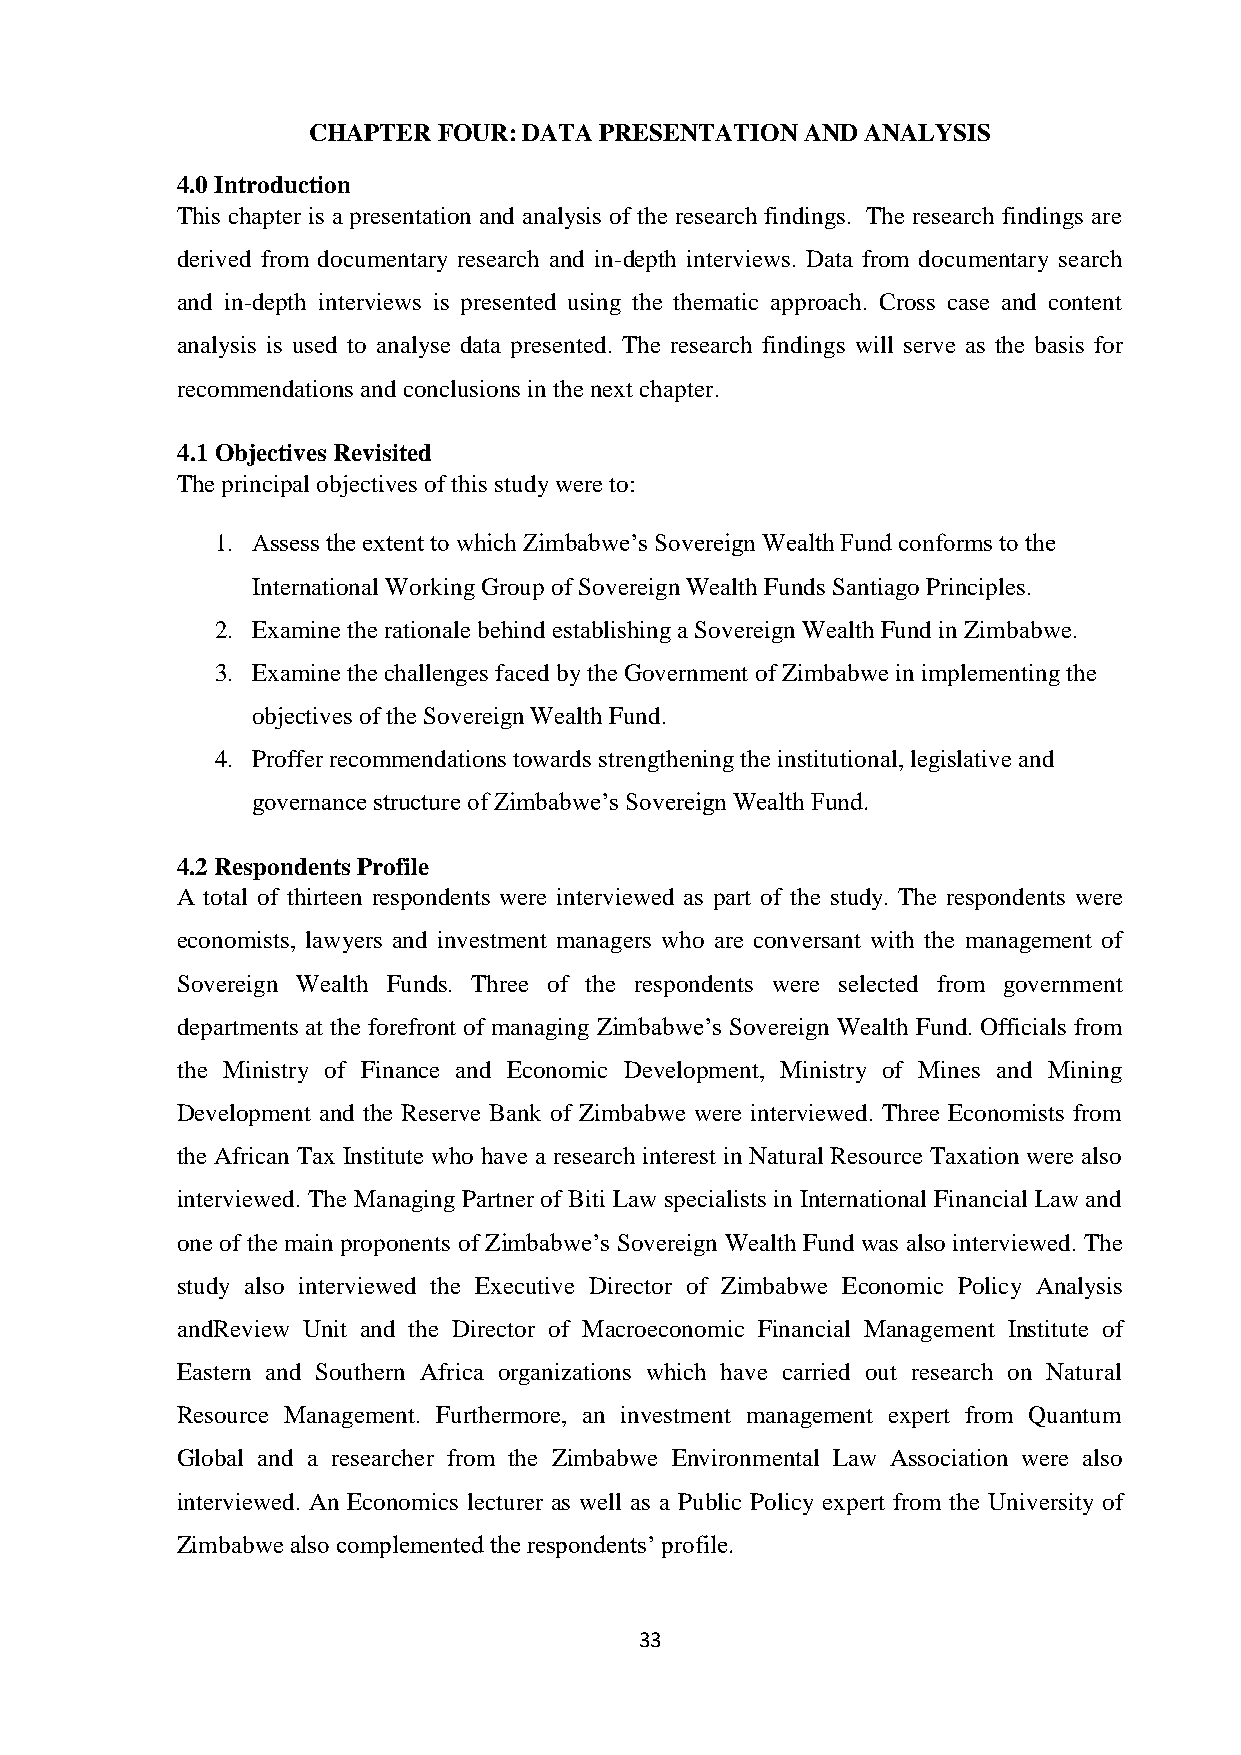
CHAPTER  FOUR: DATA PRESENTATION AND ANALYSIS
 4.0 Introduction
 This chapter is a presentation and analysis of the research findings. The research findings are
 derived from documentary research and in-depth interviews. Data from documentary search
 and in-depth interviews is presented using the thematic approach. Cross case and content
 analysis is used to analyse data presented. The research findings will serve as the basis for
 recommendations and conclusions in the next chapter.
 4.1 Objectives Revisited
 The principal objectives of this study were to:
 1. Assess the extent to which Zimbabwe’s Sovereign Wealth Fund conforms to the
 International Working Group of Sovereign Wealth Funds Santiago Principles.
 2. Examine the rationale behind establishing a Sovereign Wealth Fund in Zimbabwe.
 3. Examine the challenges faced by the Government of Zimbabwe in implementing the
 objectives of the Sovereign Wealth Fund.
 4. Proffer recommendations towards strengthening the institutional, legislative and
 governance structure of Zimbabwe’s Sovereign Wealth Fund.
 4.2 Respondents Profile
 A total of thirteen respondents were interviewed as part of the study. The respondents were
 economists, lawyers and investment managers who are conversant with the management of
 Sovereign Wealth Funds. Three of the respondents were selected from government
 departments at the forefront of managing Zimbabwe’s Sovereign Wealth Fund. Officials from
 the Ministry of Finance and Economic Development, Ministry of Mines and Mining
 Development and the Reserve Bank of Zimbabwe were interviewed. Three Economists from
 the African Tax Institute who have a research interest in Natural Resource Taxation were also
 interviewed. The Managing Partner of Biti Law specialists in International Financial Law and
 one of the main proponents of Zimbabwe’s Sovereign Wealth Fund was also interviewed. The
 study also interviewed the Executive Director of Zimbabwe Economic Policy Analysis
 andReview Unit and the Director of Macroeconomic Financial Management Institute of
 Eastern and Southern Africa organizations which have carried out research on Natural
 Resource Management. Furthermore, an investment management expert from Quantum
 Global and a researcher from the Zimbabwe Environmental Law Association were also
 interviewed. An Economics lecturer as well as a Public Policy expert from the University of
 Zimbabwe also complemented the respondents’ profile.
 33